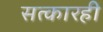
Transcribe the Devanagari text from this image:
सत्कारही